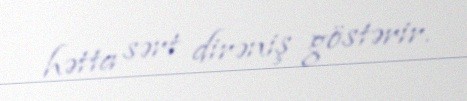
hətta sərt dirəniş göstərir.